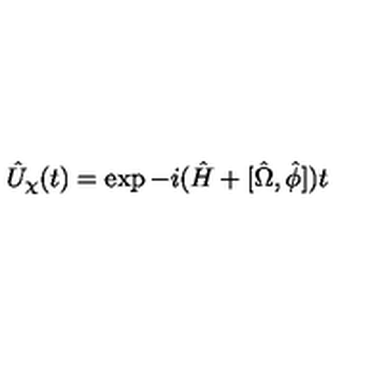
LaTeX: \hat { U } _ { \chi } ( t ) = \exp - i ( \hat { H } + [ \hat { \Omega } , \hat { \phi } ] ) t